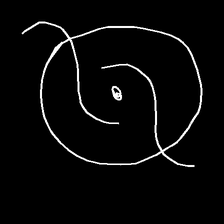
Glyph: repetition